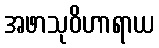
အဖာသုဝိဟာရာယ